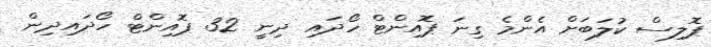
ޕޮލިސް ކުލަބަށް އެންމެ ގިނަ ޕޮއިންޓް ހޯދައި ދިނީ 32 ޕޮއިންޓް ހޯދައިދިން